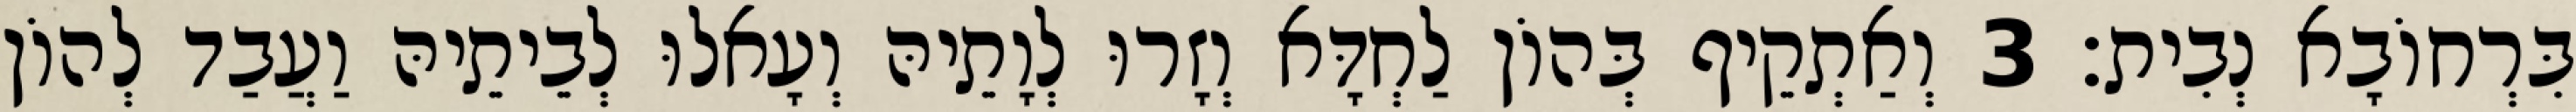
בִּרְחוֹבָא נְבִית׃ 3 וְאַתְקֵיף בְּהוֹן לַחְדָּא וְזָרוּ לְוָתֵיהּ וְעָאלוּ לְבֵיתֵיהּ וַעֲבַד לְהוֹן